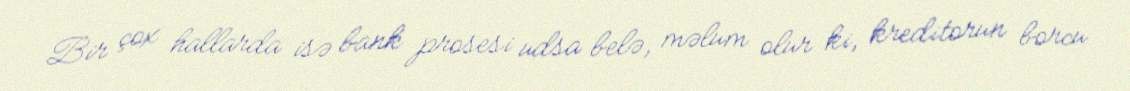
Bir çox hallarda isə bank prosesi udsa belə, məlum olur ki, kreditorun borcu